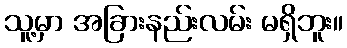
သူ့မှာ အခြားနည်းလမ်း မရှိဘူး။